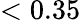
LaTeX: <0.35